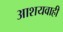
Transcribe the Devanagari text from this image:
आशयवाही